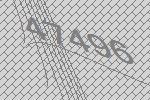
47496